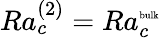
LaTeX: Ra_{c}^{(2)}=Ra_{c}^{\mathrm{\tiny{bulk}}}